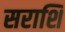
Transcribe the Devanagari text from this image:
सराशि